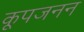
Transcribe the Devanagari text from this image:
कूपजनन